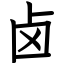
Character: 卤